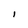
Character: I